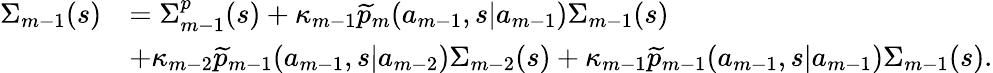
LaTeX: \begin{array}{rl}{\Sigma_{m-1}(s)}&{=\Sigma_{m-1}^{p}(s)+\kappa_{m-1}\widetilde{p}_{m}(a_{m-1},s|a_{m-1})\Sigma_{m-1}(s)}\\ &{+\kappa_{m-2}\widetilde{p}_{m-1}(a_{m-1},s|a_{m-2})\Sigma_{m-2}(s)+\kappa_{m-1}\widetilde{p}_{m-1}(a_{m-1},s|a_{m-1})\Sigma_{m-1}(s).}\end{array}